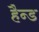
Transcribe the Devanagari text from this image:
हैन्ड